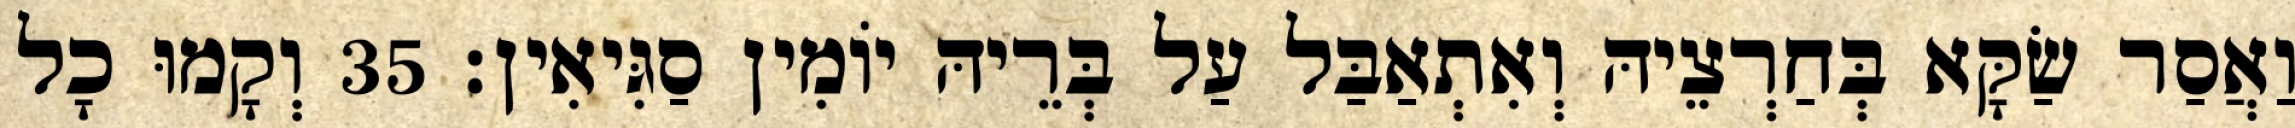
וַאֲסַר שַׂקָּא בְּחַרְצֵיהּ וְאִתְאַבַּל עַל בְּרֵיהּ יוֹמִין סַגִּיאִין׃ 35 וְקָמוּ כָל